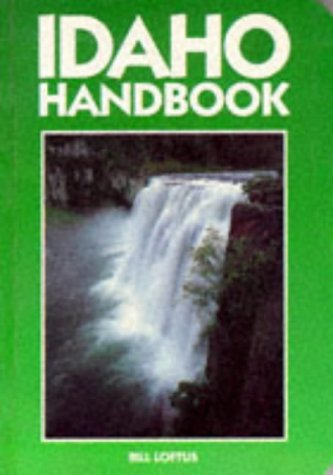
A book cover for Idaho Handbook (Moon Handbooks); Bill Loftus; Travel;